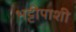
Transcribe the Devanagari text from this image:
भट्टीपाशी